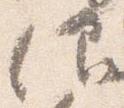
仰